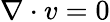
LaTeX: \nabla\cdot v=0